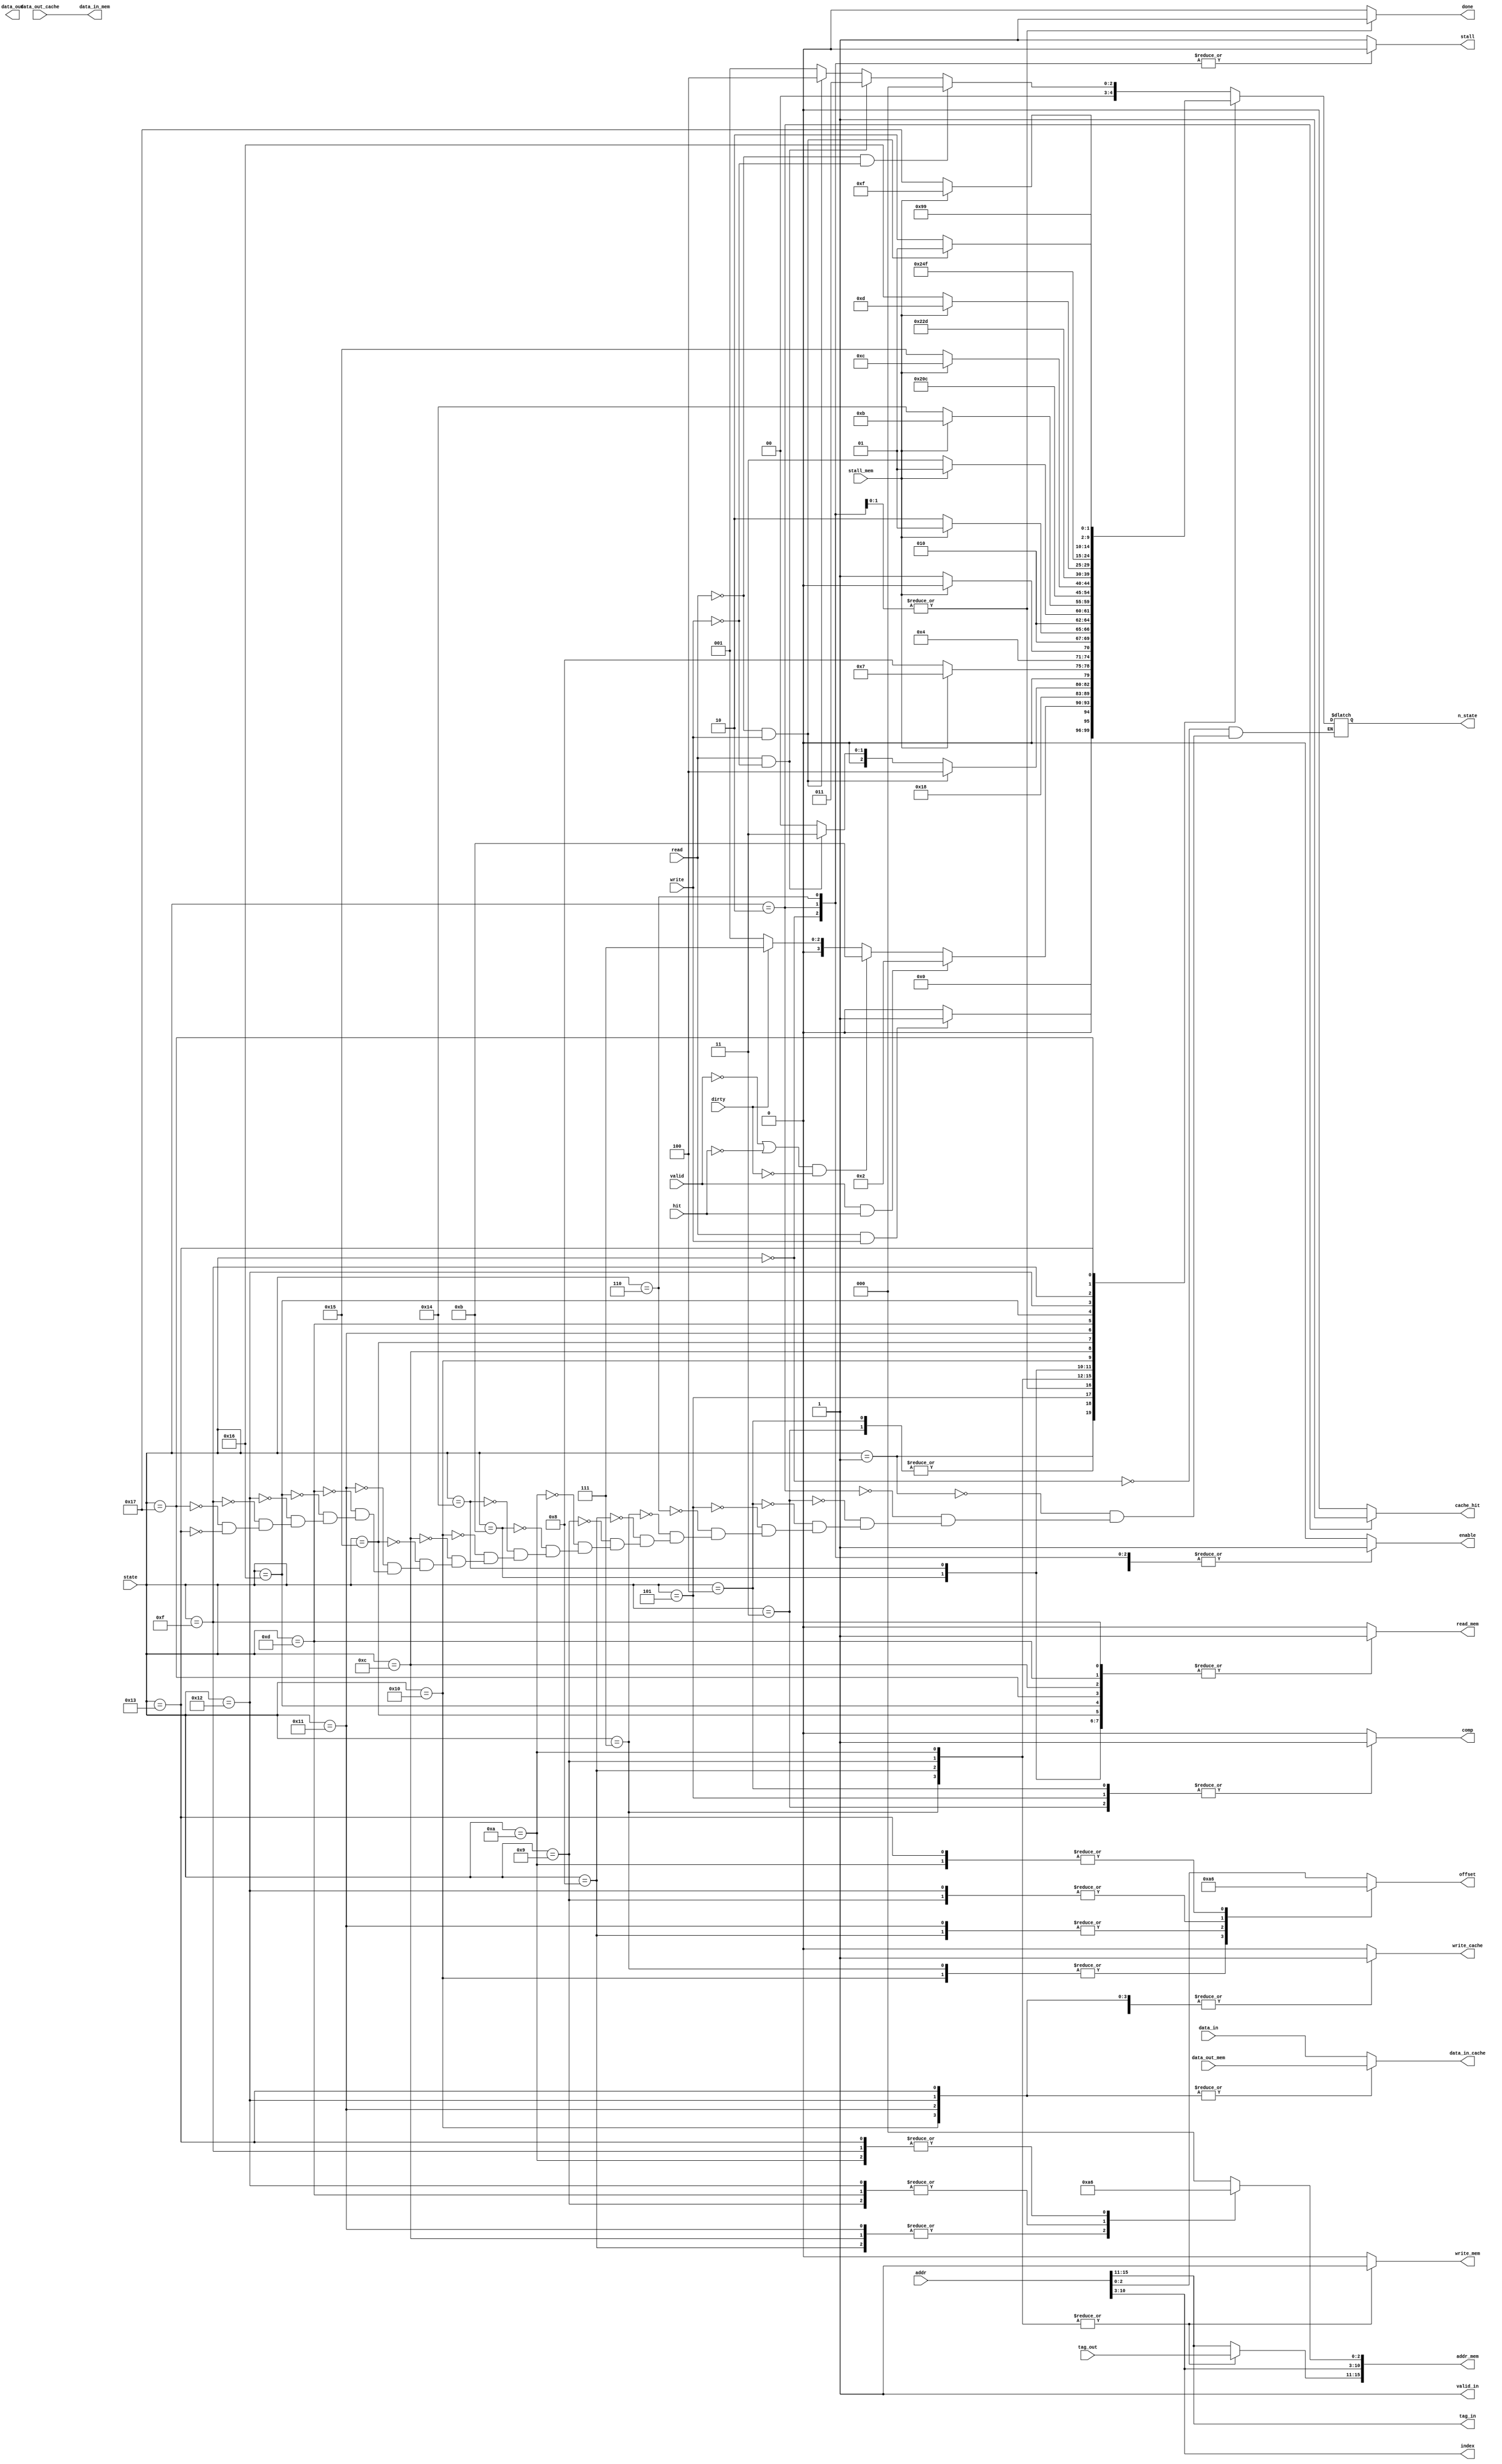
// Prayag Bhakar [bhakar@wisc.edu]
module mem_system_logic(state, n_state, addr, data_in, read, write, tag_out, data_out_cache, hit, dirty, valid, data_out_mem, stall_mem, data_out, done, stall, cache_hit, enable, tag_in, index, offset, comp, data_in_cache, write_cache, valid_in, addr_mem, data_in_mem, read_mem, write_mem);
  // --- Inputs ---
  input [4:0] state;
  // mem_system inputs
  input [15:0] addr;
  input [15:0] data_in;
  input read, write;
  // cache inputs
  input [4:0] tag_out;
  input [15:0] data_out_cache;
  input hit;
  input dirty;
  input valid;
  // mem outputs
  input [15:0] data_out_mem;
  input stall_mem;

  // --- Outputs ---
  output reg [4:0] n_state;
  // mem_system outputs
  output [15:0] data_out; 
  output reg done;
  output reg stall;
  output reg cache_hit;
  // cache outputs
  output reg enable;
  output [4:0] tag_in;
  output [7:0] index;
  output [2:0] offset;
  output reg comp;
  output reg [15:0] data_in_cache;
  output reg write_cache;
  output valid_in;
  // mem outputs
  output [15:0] addr_mem;
  output reg [15:0] data_in_mem;
  output reg read_mem, write_mem;

  // --- Wires ---
  reg [15:0] tmp_adder;
  reg [4:0] tmp_tag;
  reg [2:0] tmp_offset;

  // --- States ---
  // this makes it easier to read the code
  localparam idle       = 5'b00000;
  localparam err        = 5'b00001;
  localparam done_s     = 5'b00010;
  localparam comp_rd    = 5'b00011;
  localparam comp_wr    = 5'b00100;
  localparam mem_wr     = 5'b00101;
  localparam store_done = 5'b00110;
  localparam wb0        = 5'b00111;
  localparam wb1        = 5'b01000;
  localparam wb2        = 5'b01001;
  localparam wb3        = 5'b01010;
  localparam read0      = 5'b01011;
  localparam read1      = 5'b01100;
  localparam read2      = 5'b01101;
  localparam read3      = 5'b01111;
  localparam store0     = 5'b10000;
  localparam store1     = 5'b10001;
  localparam store2     = 5'b10010;
  localparam store3     = 5'b10011;
  localparam wait0      = 5'b10100;
  localparam wait1      = 5'b10101;
  localparam wait2      = 5'b10110;
  localparam wait3      = 5'b10111;

  // --- Code ---
  // need to do it like this otherwise it doesn't pass
  assign addr_mem = {tmp_tag, tmp_adder[10:3], tmp_offset};
  assign tag_in = tmp_adder[15:11];
  assign index = tmp_adder[10:3];
  assign offset = tmp_adder[2:0];
  assign valid_in = 1'b1;

  always @(*) begin
    done = 1'b0;
    stall = 1'b1;
    cache_hit = 1'b0;
    enable = 1'b0;
    comp = 1'b0;
    data_in_cache = data_in;
    write_cache = 1'b0;
    data_in_mem = data_out_cache;
    read_mem = 1'b0;
    write_mem = 1'b0;
    tmp_tag = addr[15:11];
    tmp_adder = addr;
    tmp_offset = 3'b000;
    
    case(state)
      idle: begin
        stall = 1'b0;
        enable = 1'b1;
        n_state = (~read & ~write) ? idle :
                  ( read & ~write) ? comp_rd :
                  (~read &  write) ? comp_wr : err;
      end
      err: begin
        n_state = (read & write) ? err : idle;
      end
      done_s: begin
        done = 1'b1;
        cache_hit = 1'b1;
        stall = 1'b0;
        enable = 1'b1;
        n_state = (~read &  write) ? comp_wr :
                  ( read & ~write) ? comp_rd : idle;
      end
      comp_rd: begin
        enable = 1'b1;
        comp = 1'b1;
        n_state = (  valid &  hit)           ? done_s :
                  ((~valid | ~hit) & ~dirty) ? read0 :
                  (dirty)                    ? wb0 : err;
      end
      comp_wr: begin
        enable = 1'b1;
        comp = 1'b1;
        write_cache = 1'b1;
        n_state = (  valid &  hit)           ? done_s :
                  ((~valid | ~hit) & ~dirty) ? read0 :
                  (dirty)                    ? wb0 : err;
      end
      mem_wr: begin
        enable = 1'b1;
        comp = 1'b1;
        n_state = store_done;
      end
      store_done: begin
        done = 1'b1;
        stall = 1'b0;
        enable = 1'b1;
        n_state = (~read &  write) ? comp_wr :
                  ( read & ~write) ? comp_rd : idle;
      end
      wb0: begin
        enable = 1'b1;
        write_mem = 1'b1;
        tmp_tag = tag_out;
        tmp_adder = {addr[15:3], 3'b000};
        n_state = (stall_mem) ? wb0 : wb1;
      end
      wb1: begin
        enable = 1'b1;
        write_mem = 1'b1;
        tmp_tag = tag_out;
        tmp_adder = {addr[15:3], 3'b010};
        tmp_offset = 3'b010;
        n_state = (stall_mem) ? wb1 : wb2;
      end
      wb2: begin
        enable = 1'b1;
        write_mem = 1'b1;
        tmp_tag = tag_out;
        tmp_adder = {addr[15:3], 3'b100};
        tmp_offset = 3'b100;
        n_state = (stall_mem) ? wb2 : wb3;
      end
      wb3: begin
        enable = 1'b1;
        write_mem = 1'b1;
        tmp_tag = tag_out;
        tmp_adder = {addr[15:3], 3'b110};
        tmp_offset = 3'b110;
        n_state = (stall_mem) ? wb2 : read0;
      end
      read0: begin 
        read_mem = 1'b1;
        n_state = (stall_mem) ? read0 : wait0;
      end
      wait0: begin
        read_mem = 1'b1;
        n_state = store0;
      end
      store0: begin
        enable = 1'b1;
        data_in_cache = data_out_mem;
        write_cache = 1'b1;
        tmp_adder = {addr[15:3], 3'b000};
        n_state = read1;
      end
      read1: begin
        read_mem = 1'b1;
        tmp_offset = 3'b010;
        n_state = (stall_mem) ? read1 : wait1;
      end
      wait1: begin
        read_mem = 1'b1;
        n_state = store1;
      end
      store1: begin
        enable = 1'b1;
        data_in_cache = data_out_mem;
        write_cache = 1'b1;
        tmp_adder = {addr[15:3], 3'b010};
        tmp_offset = 3'b010;
        n_state = read2;
      end
      read2: begin
        read_mem = 1'b1;
        tmp_offset = 3'b100;
        n_state = (stall_mem) ? read2 : wait2;
      end
      wait2: begin
        read_mem = 1'b1;
        n_state = store2;
      end
      store2: begin
        enable = 1'b1;
        data_in_cache = data_out_mem;
        write_cache = 1'b1;
        tmp_adder = {addr[15:3], 3'b100};
        tmp_offset = 3'b100;
        n_state = read3;
      end
      read3: begin
        read_mem = 1'b1;
        tmp_offset = 3'b110;
        n_state = (stall_mem) ? read3 : wait3;
      end
      wait3: begin
        read_mem = 1'b1;
        n_state = store3;
      end
      store3: begin
        enable = 1'b1;
        data_in_cache = data_out_mem;
        write_cache = 1'b1;
        tmp_adder = {addr[15:3], 3'b110};
        tmp_offset = 3'b110;
        n_state = (~read & write) ? mem_wr : store_done;
      end
      default: begin // should never reach
      end
    endcase
  end

endmodule